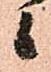
候